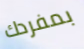
بمفردك